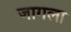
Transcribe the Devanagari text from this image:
जागला